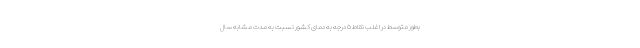
بطور متوسط در اغلب نقاط ۵ درجه به دمای کشور نسبت به مدت مشابه سال